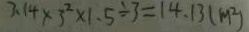
3 . 1 4 \times 3 ^ { 2 } \times 1 . 5 \div 3 = 1 4 . 1 3 ( m ^ { 2 } )